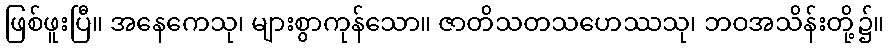
ဖြစ်ဖူးပြီ။ အနေကေသု၊ များစွာကုန်သော။ ဇာတိသတသဟေဿသု၊ ဘဝအသိန်းတို့၌။